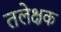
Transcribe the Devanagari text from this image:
तलेक्षक